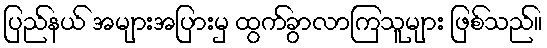
ပြည်နယ် အများအပြားမှ ထွက်ခွာလာကြသူများ ဖြစ်သည်။